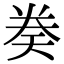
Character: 𫝤